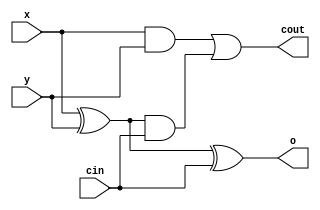
module full_adder(
    input x,
    input y,
    input cin,
    output o,
    output cout
);
    wire t1, t2, t3;
    xor(t1, x, y);
    xor(o, t1, cin);
    and(t2, x, y);
    and(t3, t1, cin);
    or(cout, t2, t3);
endmodule

module full_adder_operators(
    input x,
    input y,
    input cin,
    output o,
    output cout
);
    assign o = (~x & ~y & cin) | (~x & y & ~cin) | (x & y & cin) | (x & ~y & ~cin);
    assign cout = (x & y) | (y & cin) | (x & cin);
endmodule